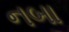
નબા